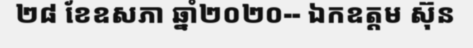
២៨ ខែឧសភា ឆ្នាំ២០២០-- ឯកឧត្តម ស៊ុន